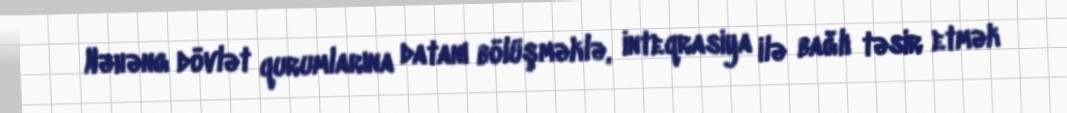
Nəhəng dövlət qurumlarına datanı bölüşməklə, inteqrasiya ilə bağlı təsir etmək